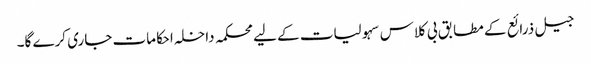
جیل ذرائع کے مطابق بی کلاس سہولیات کے لیے محکمہ داخلہ احکامات جاری کرے گا۔